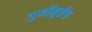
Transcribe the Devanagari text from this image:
गुर्मीमुळेच